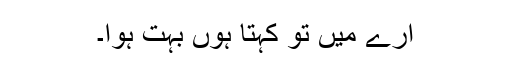
ارے میں تو کہتا ہوں بہت ہوا۔